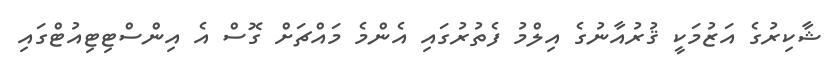
ޝާކިރުގެ އަޒުމަކީ ޤުރުއާނުގެ އިލްމު ފެތުރުގައި އެންމެ މައްޗަށް ގޮސް އެ އިންސްޓިޓިއުޓްގައި